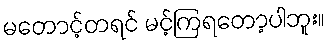
မတောင့်တရင် မင့်ကြရတော့ပါဘူး။